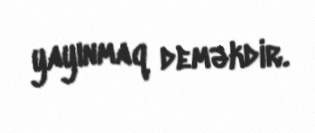
yayınmaq deməkdir.